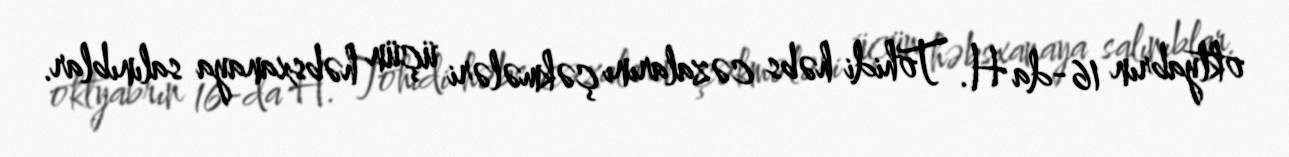
oktyabrın 16-da H. Tohidi həbs cəzalarını çəkmələri üçün həbsxanaya salınıblar.